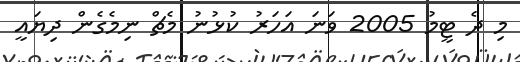
މި ދެ ޓީމު 2005 ވަނަ އަހަރު ކުޅުނު މެޗް ނިމެގެން ދިޔައީ